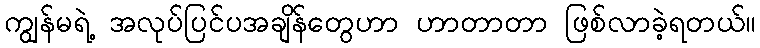
ကျွန်မရဲ့ အလုပ်ပြင်ပအချိန်တွေဟာ ဟာတာတာ ဖြစ်လာခဲ့ရတယ်။